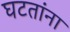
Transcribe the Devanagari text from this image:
घटतांना